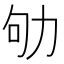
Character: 劬